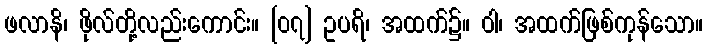
ဖလာနိ၊ ဖိုလ်တို့လည်းကောင်း။ [၀၇] ဥပရိ၊ အထက်၌။ ဝါ၊ အထက်ဖြစ်ကုန်သော။